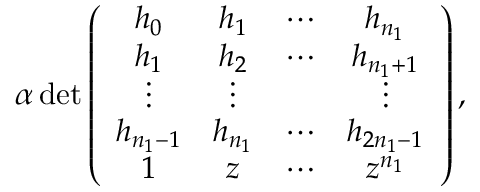
\begin{array} { r } { \alpha \det \left( \begin{array} { c c c c } { h _ { 0 } } & { h _ { 1 } } & { \cdots } & { h _ { n _ { 1 } } } \\ { h _ { 1 } } & { h _ { 2 } } & { \cdots } & { h _ { n _ { 1 } + 1 } } \\ { \vdots } & { \vdots } & & { \vdots } \\ { h _ { n _ { 1 } - 1 } } & { h _ { n _ { 1 } } } & { \cdots } & { h _ { 2 n _ { 1 } - 1 } } \\ { 1 } & { z } & { \cdots } & { z ^ { n _ { 1 } } } \end{array} \right) , } \end{array}